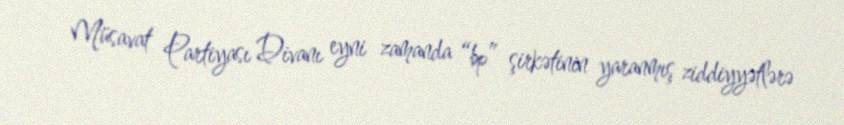
Müsavat Partiyası Divanı eyni zamanda “bp” şirkətinin yaranmış ziddiyyətlərə